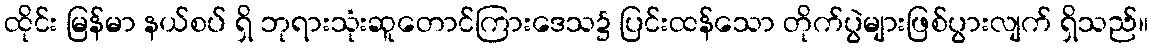
ထိုင်း မြန်မာ နယ်စပ် ရှိ ဘုရားသုံးဆူတောင်ကြားဒေသ၌ ပြင်းထန်သော တိုက်ပွဲများဖြစ်ပွားလျက် ရှိသည်။